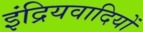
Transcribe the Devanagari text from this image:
इंद्रियवादियों